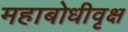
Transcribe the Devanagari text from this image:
महाबोधीवृक्ष